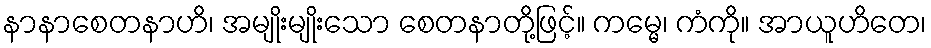
နာနာစေတနာဟိ၊ အမျိုးမျိုးသော စေတနာတို့ဖြင့်။ ကမ္မေ၊ ကံကို။ အာယူဟိတေ၊